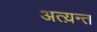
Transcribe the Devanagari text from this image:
अत्य़न्त